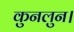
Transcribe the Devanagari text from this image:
कुनलुन।